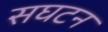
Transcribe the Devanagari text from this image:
सघटन